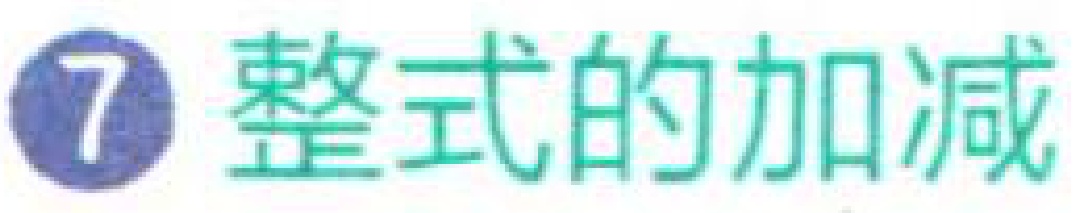
\textcircled{7} 整式的加减